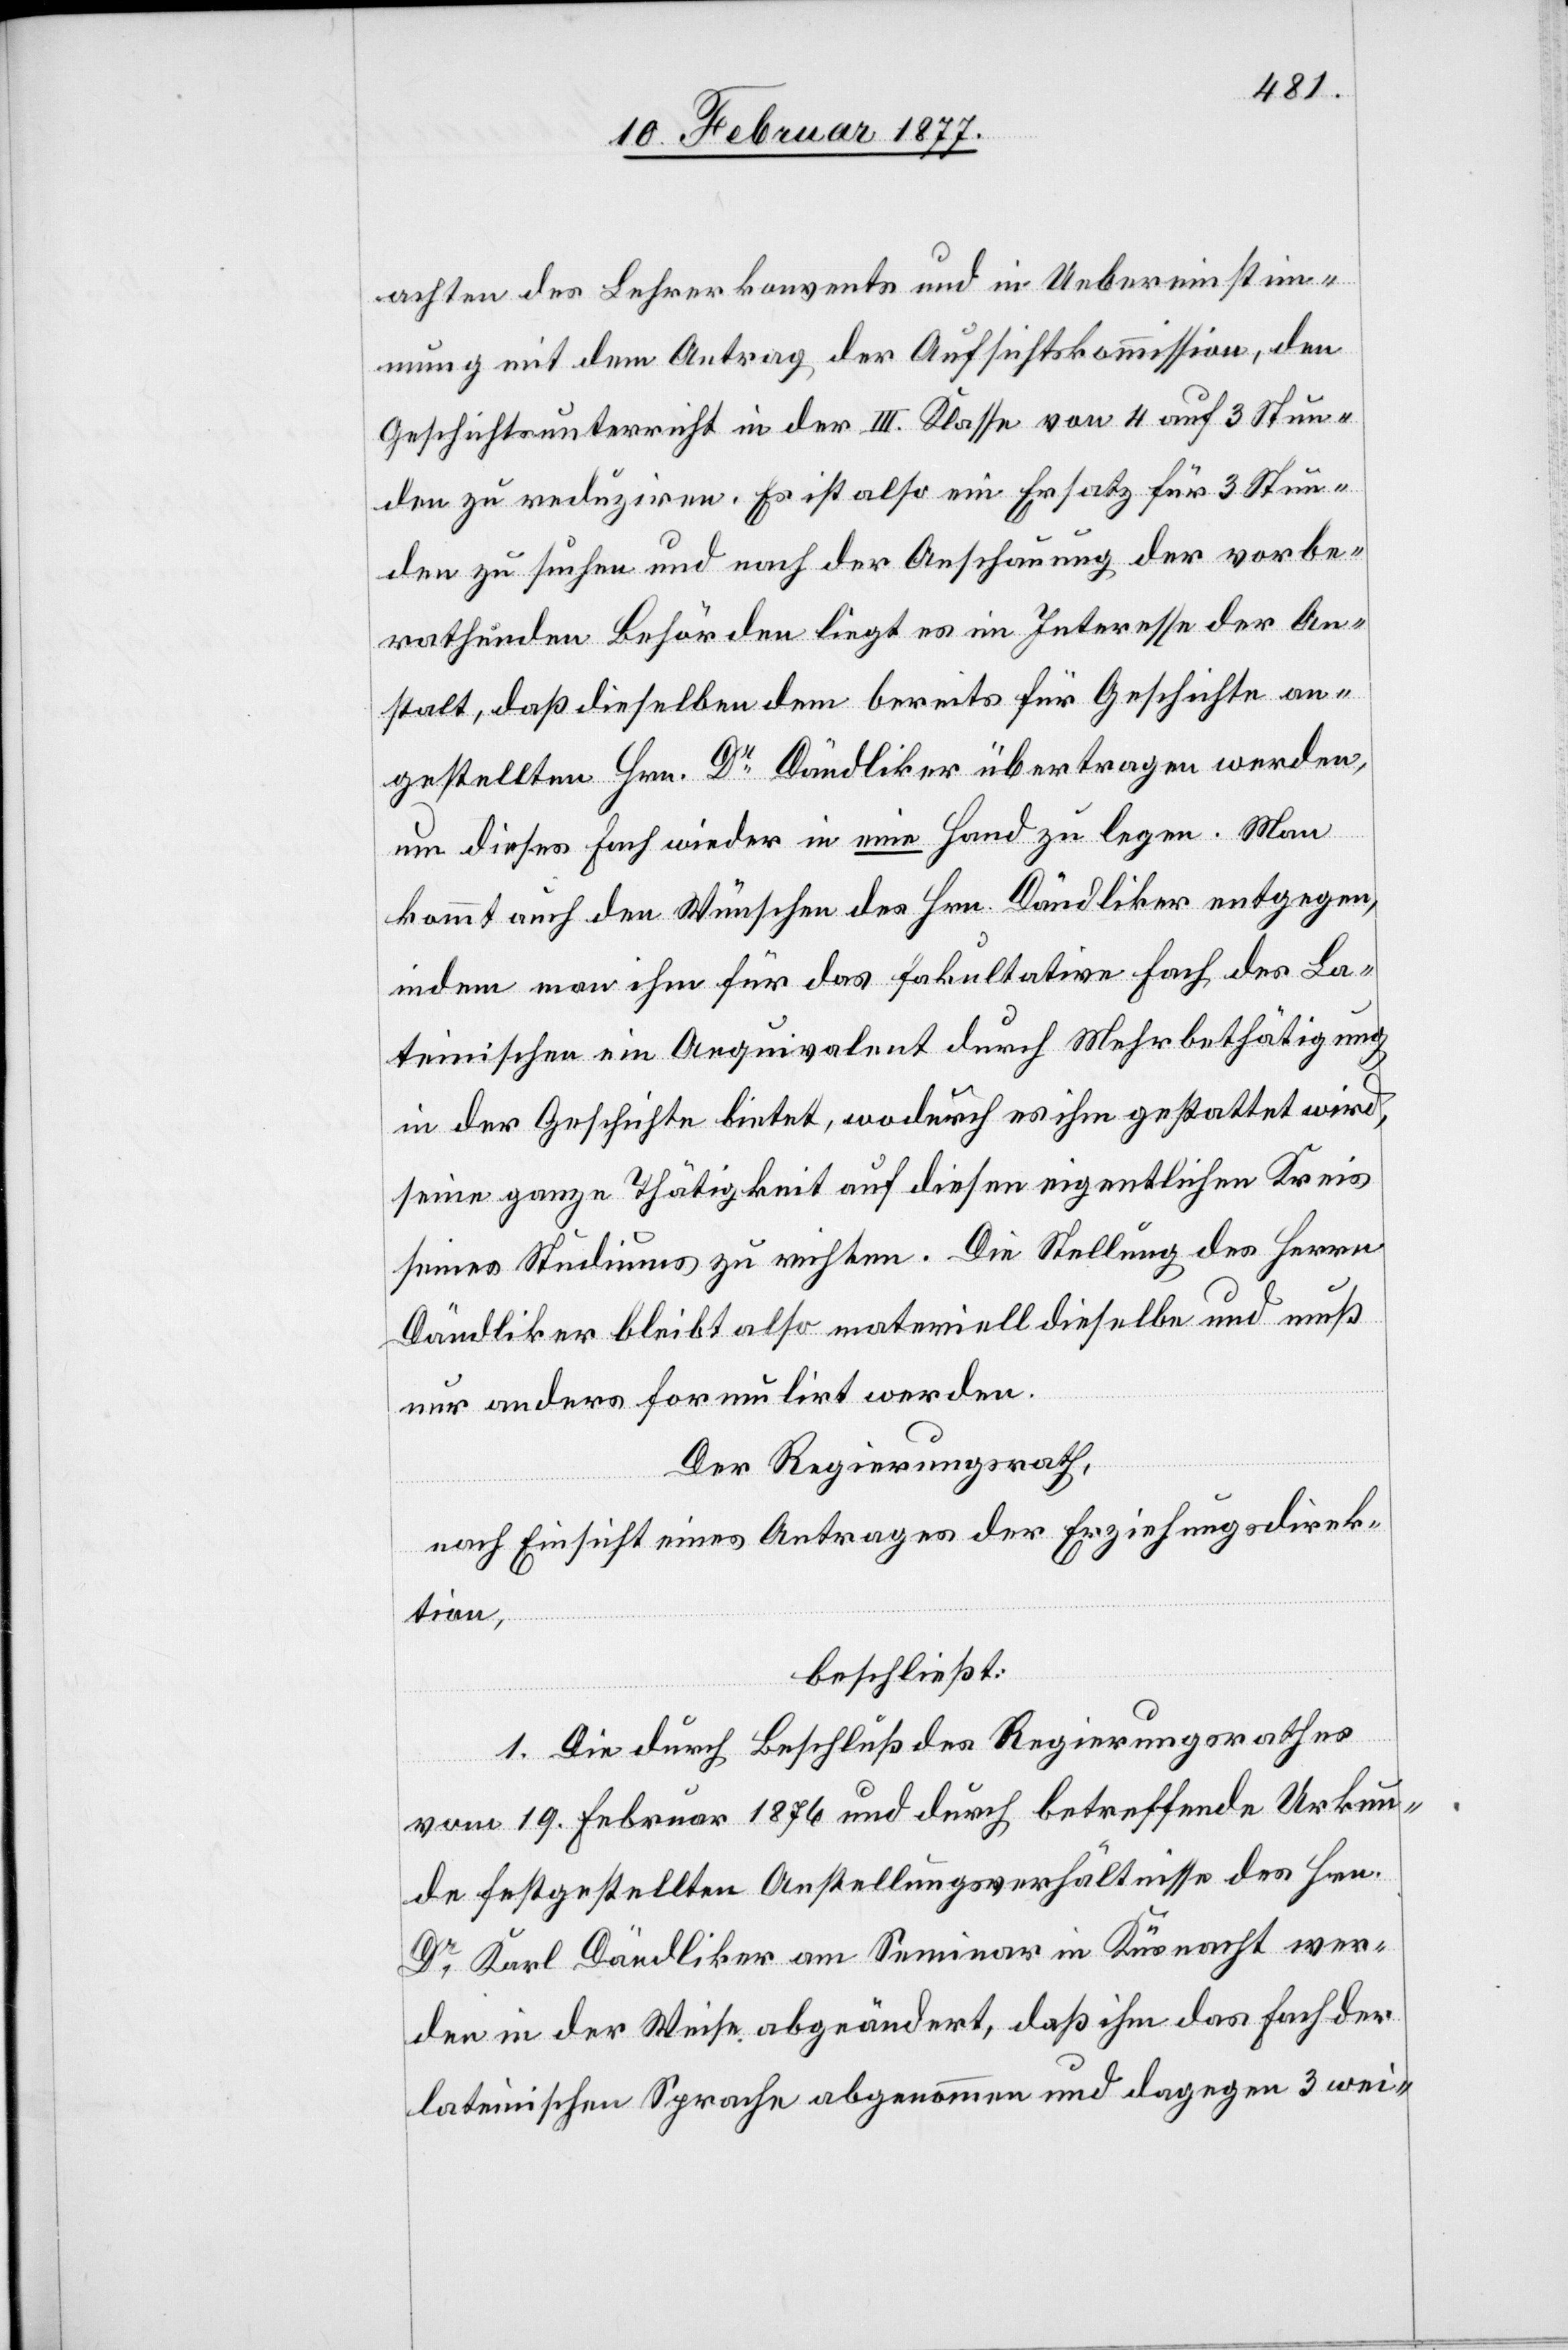
achten des Lehrerkonvents und in Uebereinstim¬
mung mit dem Antrag der Aufsichtskommission, den
Geschichtsunterricht in der III. Klasse von 4 auf 3 Stun¬
den zu reduziren. Es ist also ein Ersatz für 3 Stun¬
den zu suchen und nach der Anschauung der vorbe¬
rathenden Behörden liegt es im Interesse der An¬
stalt, daß dieselben dem bereits für Geschichte an¬
gestellten Hrn. Dr Dändliker übertragen werden,
um dieses Fach wieder in eine Hand zu legen. Man
kommt auch den Wünschen des Hrn. Dändliker entgegen,
indem man ihm für das fakultative Fach des La¬
teinischen ein Aequivalent durch Mehrbetheiligung
in der Geschichte bietet, wodurch es ihm gestattet wird,
seine ganze Thätigkeit auf diesen eigentlichen Kreis
seines Studiums zu richten. Die Stellung des Herrn
Dändliker bleibt also materiell dieselbe und muß
nur anders formulirt werden.
Der Regierungsrath,
nach Einsicht eines Antrages der Erziehungsdirek¬
tion,
beschließt:
1. Die durch Beschluß des Regierungsrathes
vom 19. Februar 1876 und durch betreffende Urkun¬
de festgestellten Anstellungsverhältnisse des Hrn.
Dr Karl Dändliker am Seminar in Küsnacht wer¬
den in der Weise abgeändert, daß ihm das Fach der
lateinischen Sprache abgenommen und dagegen 3 wei-